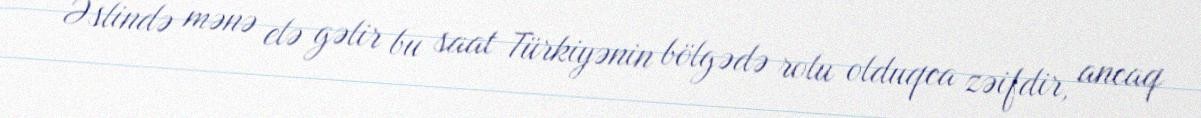
Əslində mənə elə gəlir bu saat Türkiyənin bölgədə rolu olduqca zəifdir, ancaq